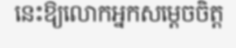
នេះឱ្យលោកអ្នកសម្តេចចិត្ត